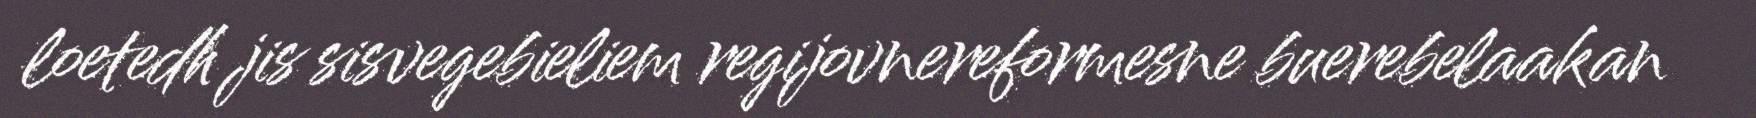
loetedh jis sisvegebieliem regijovnereformesne buerebelaakan